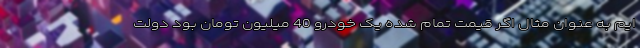
ایم به عنوان مثال اگر قیمت تمام شده یک خودرو 40 میلیون تومان بود دولت